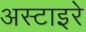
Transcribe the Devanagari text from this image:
अस्टाइरे